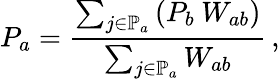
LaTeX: P_{a}=\frac{\sum_{j\in\mathbb{P}_{a}}\left(P_{b}\: W_{ab}\right)}{\sum_{j\in\mathbb{P}_{a}}W_{ab}}\, ,